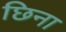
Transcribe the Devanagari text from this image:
छिना